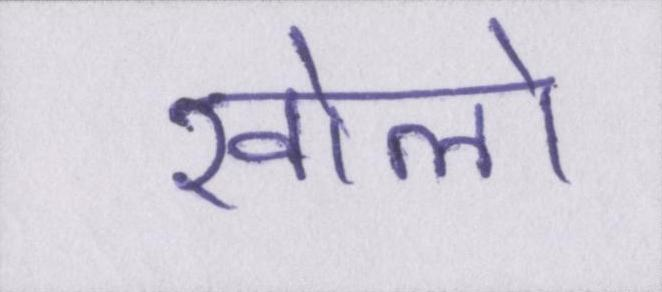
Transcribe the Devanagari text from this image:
खोलो